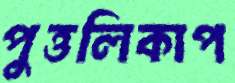
পুত্তলিকাপ